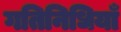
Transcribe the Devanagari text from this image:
गतिनिधियाँ